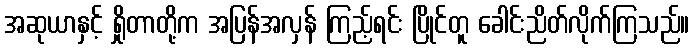
အဆုယာနှင့် ရှိုတာတို့က အပြန်အလှန် ကြည့်ရင်း ပြိုင်တူ ခေါင်းညိတ်လိုက်ကြသည်။